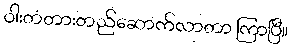
ဝါးတံတားတည်ဆောက်လာတာ ကြာပြီ။